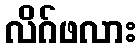
လိဂ်ဖလား